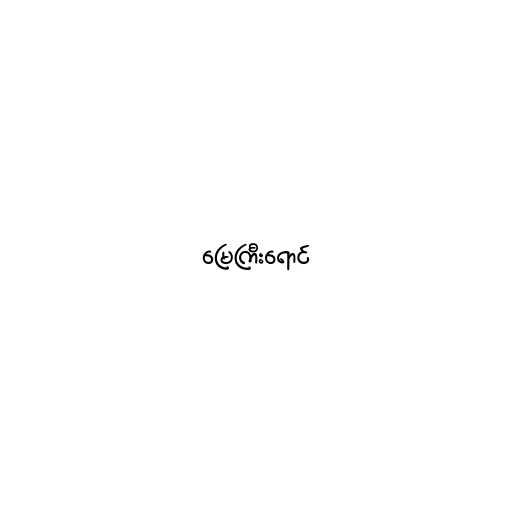
မြေကြီးရောင်